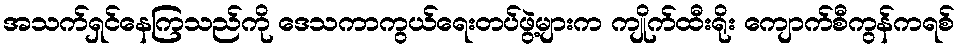
အသက်ရှင်နေကြသည်ကို ဒေသကာကွယ်ရေးတပ်ဖွဲ့များက ကျိုက်ထီးရိုး ကျောက်စီကွန်ကရစ်